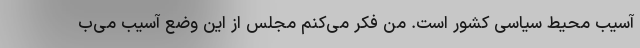
آسیب محیط سیاسی کشور است. من فکر می‌کنم مجلس از این وضع آسیب می‌ب